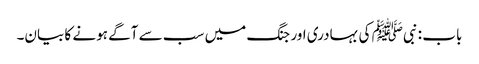
باب : نبیﷺ کی بہادری اور جنگ میں سب سے آگے ہونے کا بیان۔